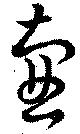
壷